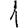
Digit: 1